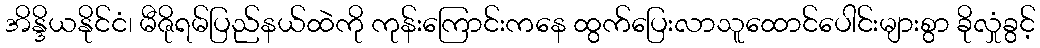
အိန္ဒိယနိုင်ငံ၊ မီဇိုရမ်ပြည်နယ်ထဲကို ကုန်းကြောင်းကနေ ထွက်ပြေးလာသူထောင်ပေါင်းများစွာ ခိုလှုံခွင့်